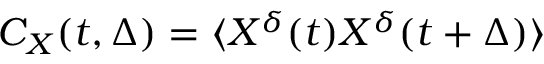
C _ { X } ( t , \Delta ) = \langle X ^ { \delta } ( t ) X ^ { \delta } ( t + \Delta ) \rangle